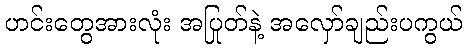
ဟင်းတွေအားလုံး အပြုတ်နဲ့ အလှော်ချည်းပကွယ်